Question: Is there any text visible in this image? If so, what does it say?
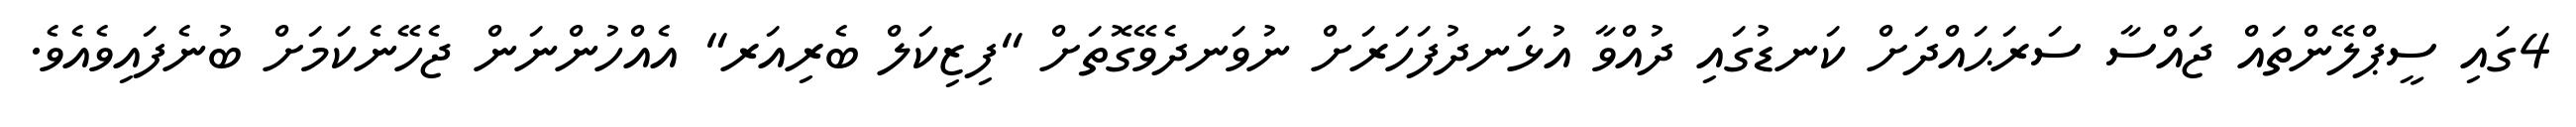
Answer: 4ގައި ސީޕްލޭންތައް ޖައްސާ ސަރަޙައްދަށް ކަނޑުގައި ދުއްވާ އުޅަނދުފަހަރަށް ނުވަނދެވޭގޮތަށް "ފިޒިކަލް ބެރިއަރ" އެއްހުންނަން ޖެހޭނެކަމަށް ބުނެފައިވެއެވެ.